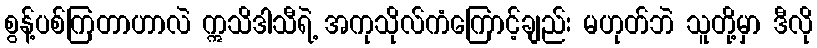
စွန့်ပစ်ကြတာဟာလဲ ဣသိဒါသီရဲ့ အကုသိုလ်ကံကြောင့်ချည်း မဟုတ်ဘဲ သူတို့မှာ ဒီလို